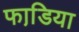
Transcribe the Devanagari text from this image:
फाडि़या